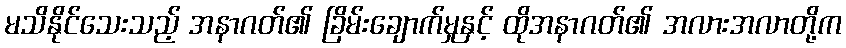
မသိနိုင်သေးသည့် အနာဂတ်၏ ခြိမ်းချောက်မှုနှင့် ထိုအနာဂတ်၏ အလားအလာတို့က